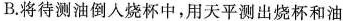
B.将待测油倒入烧杯中，用天平测出烧杯和油